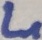
Text: L1